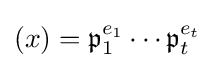
(x)={\mathfrak {p}}_{1}^{e_{1}}\cdots {\mathfrak {p}}_{t}^{e_{t}}